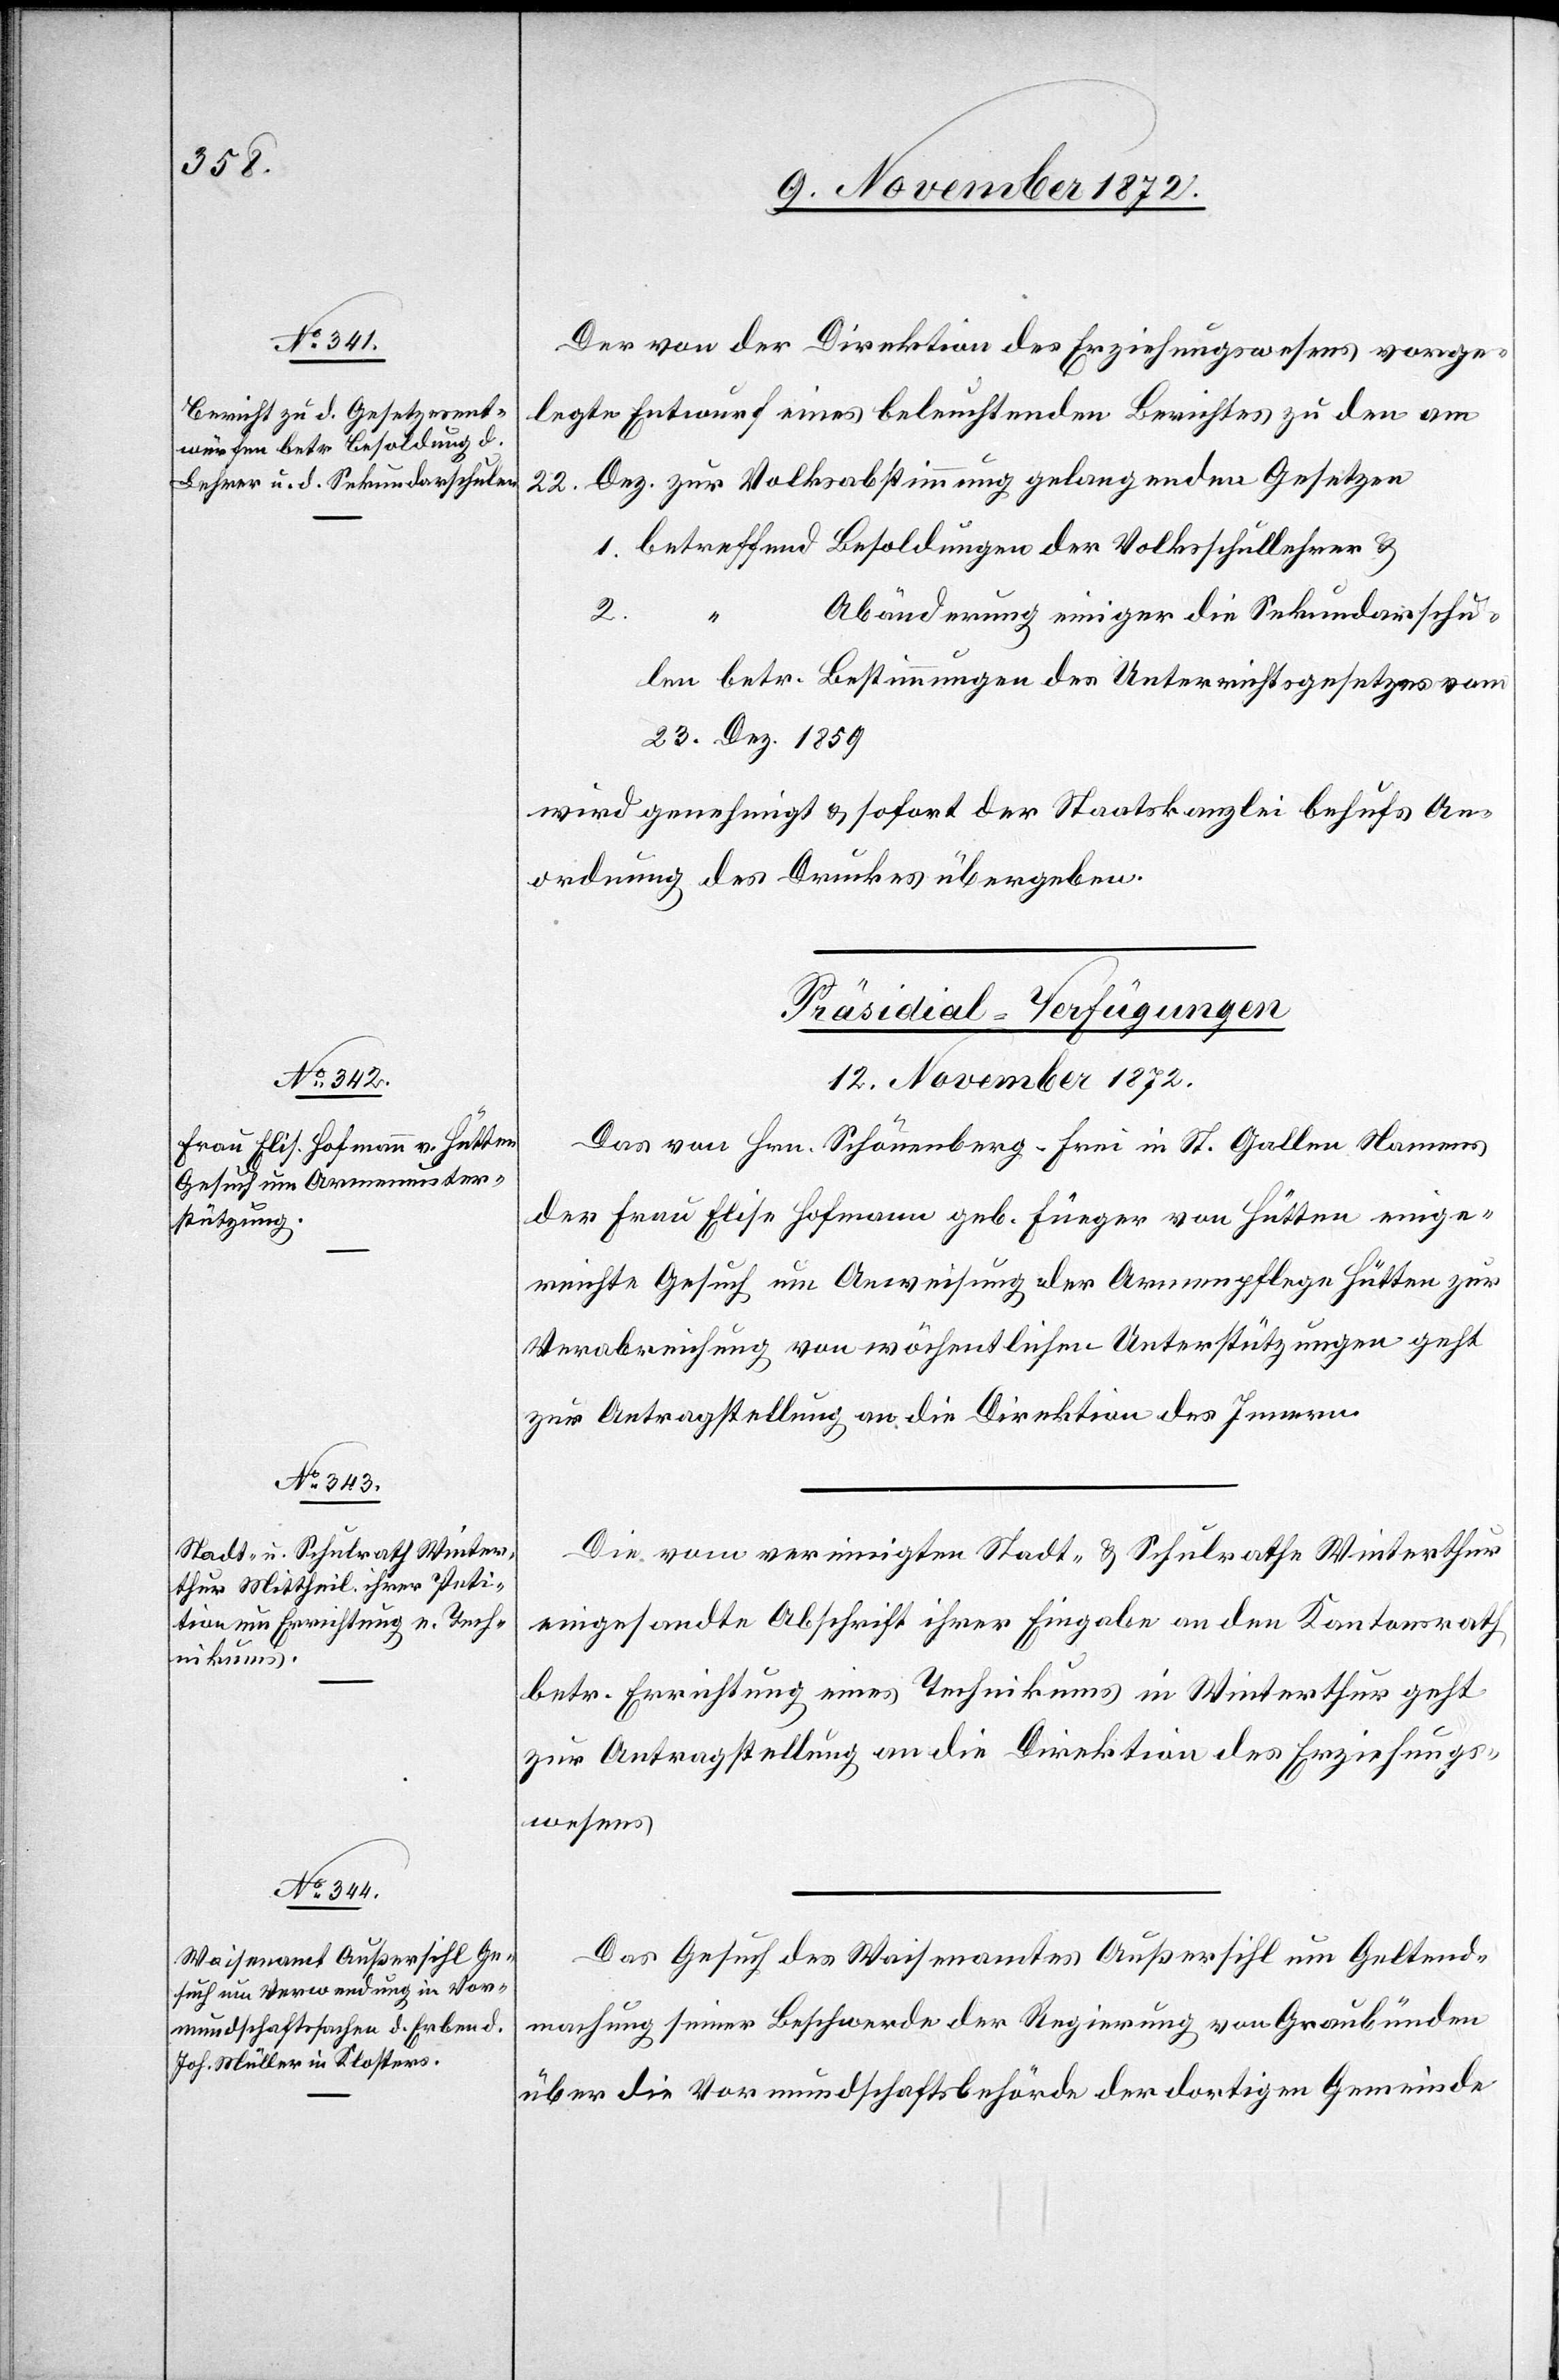
Der von der Direktion des Erziehungswesens vorge¬
legte Entwurf eines beleuchtenden Berichtes zu den am
Dez. zur Volksabstimmung gelangenden Gesetzen
22.
1. betreffend Besoldungen der Volksschullehrer u.
2.
Abänderung einiger die Sekundarschu¬
len betr. Bestimmungen des Unterrichtsgesetzes vom
23. Dez. 1859
wird genehmigt u. sofort der Staatskanzlei behufs An¬
ordnung des Druckes übergeben.
[Präsidial-Verfügungen
12. November 1872.]
Das von Hrn. Schönenberg-Frei in St. Gallen Namens
der Frau Elise Hofmann geb. Füeger von Hütten einge¬
reichte Gesuch um Anweisung der Armenpflege Hütten zur
Verabreichung von wöchentlichen Unterstützungen geht
zur Antragstellung an die Direktion des Innern.
Die vom vereinigten Stadt- u. Schulrathe Winterthur
eingesandte Abschrift ihrer Eingabe an den Kantonsrath
betr. Errichtung eines Technikums in Winterthur geht
zur Antragstellung an die Direktion des Erziehungs¬
wesens.
Das Gesuch des Waisenamtes Außersihl um Geltend¬
machung seiner Beschwerde der Regierung von Graubünden
über die Vormundschaftsbehörde der dortigen Gemeinde